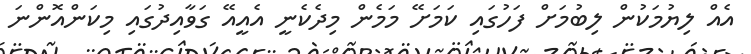
އެއް ލިޔުމަކުން ލިބުމަށް ފަހުގައި ކަމަށޭ މަމެން މިދެކެނީ އެއީއޭ ގަވާއިދުގައި މިކަންއޮންނަ